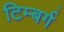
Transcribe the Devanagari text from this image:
टिम्बर्ग